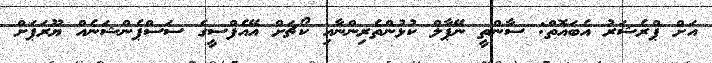
އަށް ޕްރެޝަރު އެބައޮތް: ސާންތީ ނޭޕާލް ކުޅުންތެރިންނާއި ކޯޗަށް އޭއެފްސީގެ ސަސްޕެންޝަނެއް ޔޫރަޕަށް